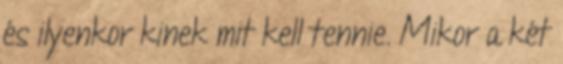
és ilyenkor kinek mit kell tennie. Mikor a két